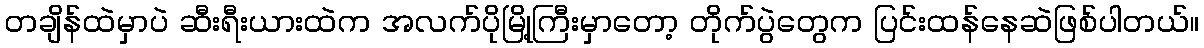
တချိန်ထဲမှာပဲ ဆီးရီးယားထဲက အလက်ပိုမြို့ကြီးမှာတော့ တိုက်ပွဲတွေက ပြင်းထန်နေဆဲဖြစ်ပါတယ်။